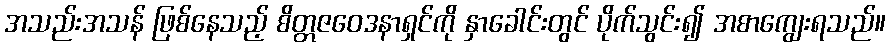
အသည်းအသန် ဖြစ်နေသည့် စိတ္တဇဝေဒနာရှင်ကို နှာခေါင်းတွင် ပိုက်သွင်း၍ အစာကျွေးရသည်။